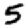
Digit: 5